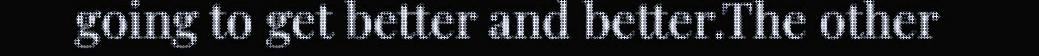
going to get better and better.The other